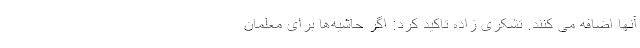
آنها اضافه می ‌کنند. تشکری زاده تاکید کرد: اگر حاشیه‌ها برای معلمان